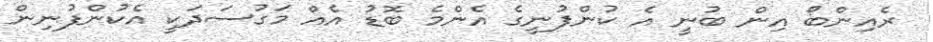
ރެއިންބޯ އިން ބުނީ އެ ކުންފުނީގެ އެންމެ ބޮޑު އެއް މަގުސަދަކީ އެކުންފުނިން